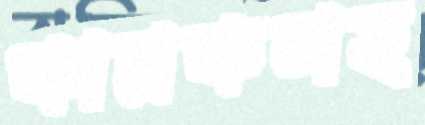
কামকলহ